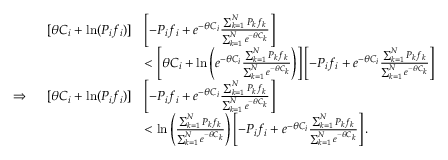
\begin{array} { r l } { [ \theta C _ { i } + \mathrm { l n } ( P _ { i } f _ { i } ) ] } & { \left[ - P _ { i } f _ { i } + e ^ { - \theta C _ { i } } \frac { \sum _ { k = 1 } ^ { N } P _ { k } f _ { k } } { \sum _ { k = 1 } ^ { N } e ^ { - \theta C _ { k } } } \right] } \\ & { < \left[ \theta C _ { i } + \mathrm { l n } \left( e ^ { - \theta C _ { i } } \frac { \sum _ { k = 1 } ^ { N } P _ { k } f _ { k } } { \sum _ { k = 1 } ^ { N } e ^ { - \theta C _ { k } } } \right) \right] \left[ - P _ { i } f _ { i } + e ^ { - \theta C _ { i } } \frac { \sum _ { k = 1 } ^ { N } P _ { k } f _ { k } } { \sum _ { k = 1 } ^ { N } e ^ { - \theta C _ { k } } } \right] } \\ { \Rightarrow \ \ \ \ [ \theta C _ { i } + \mathrm { l n } ( P _ { i } f _ { i } ) ] } & { \left[ - P _ { i } f _ { i } + e ^ { - \theta C _ { i } } \frac { \sum _ { k = 1 } ^ { N } P _ { k } f _ { k } } { \sum _ { k = 1 } ^ { N } e ^ { - \theta C _ { k } } } \right] } \\ & { < \mathrm { l n } \left( \frac { \sum _ { k = 1 } ^ { N } P _ { k } f _ { k } } { \sum _ { k = 1 } ^ { N } e ^ { - \theta C _ { k } } } \right) \left[ - P _ { i } f _ { i } + e ^ { - \theta C _ { i } } \frac { \sum _ { k = 1 } ^ { N } P _ { k } f _ { k } } { \sum _ { k = 1 } ^ { N } e ^ { - \theta C _ { k } } } \right] . } \end{array}